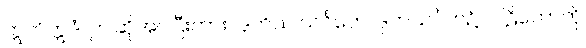
ဣတိဣဒံ၊ ဤဆိုအပ်ပြီးကား။ ဒုတိယ သင်္ဂဟေ၊ ဒုကသင်္ဂဟ၌။ ပါဠိတော်ကို